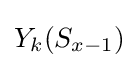
Y_{k}(S_{x-1})